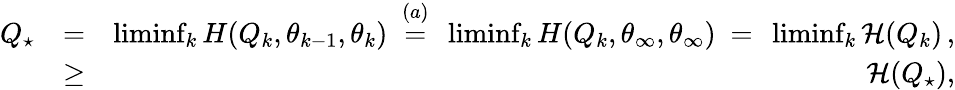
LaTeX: \begin{array}{rlr}{Q_{\star}}&{=}&{\operatorname*{liminf}_{k}H(Q_{k},\theta_{k-1},\theta_{k})\ \stackrel{(a)}=\ \operatorname*{liminf}_{k}H(Q_{k},\theta_{\infty},\theta_{\infty})\ =\ \operatorname*{liminf}_{k}{\mathcal H}(Q_{k})\, ,}\\ &{\geq}&{{\mathcal H}(Q_{\star}),}\end{array}